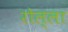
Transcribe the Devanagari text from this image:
रोल्ला